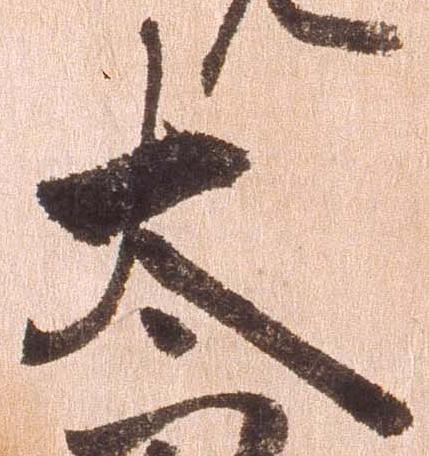
太